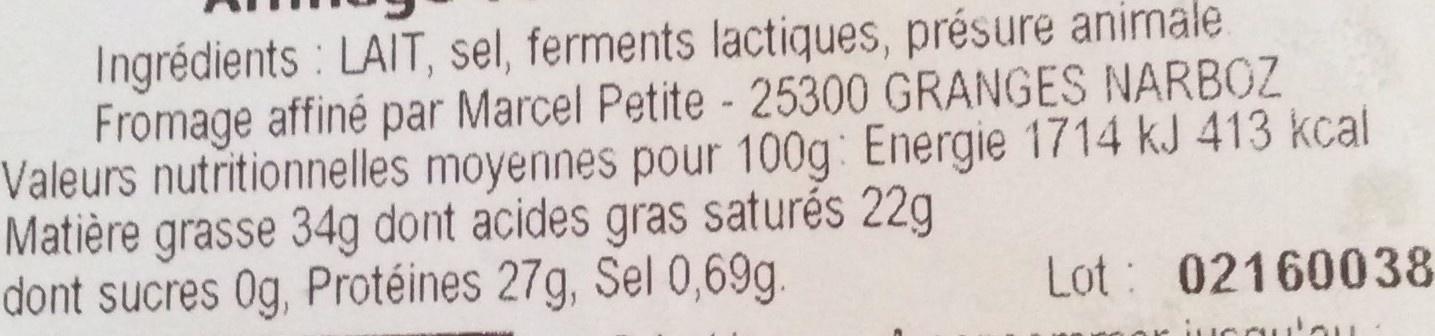
Ingrédients : LAIT, sel, ferments lactiques, présure animale Fromage affiné par Marcel Petite - 25300 GRANGES NARBOZ Valeurs nutritionnelles moyennes pour 100g: Energie 1714 kJ 413 kcal Matière grasse 34g dont acides gras saturés 22g dont sucres 0g, Protéines 27g, Sel 0,69g. Lot: 02160038